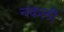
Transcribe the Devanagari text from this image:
नकलीं